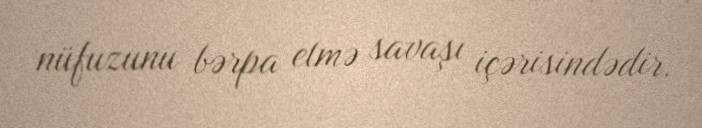
nüfuzunu bərpa etmə savaşı içərisindədir.